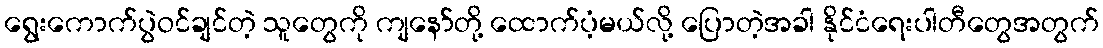
ရွေးကောက်ပွဲဝင်ချင်တဲ့ သူတွေကို ကျနော်တို့ ထောက်ပံ့မယ်လို့ ပြောတဲ့အခါ နိုင်ငံရေးပါတီတွေအတွက်